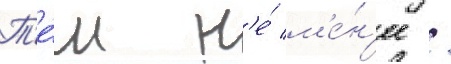
Т'е́м н'е́ м'е́н'ее /